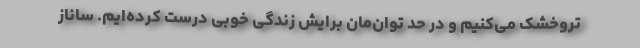
تروخشک می‌کنیم و در حد توان‌مان برایش زندگی خوبی درست کرده‌ایم. ساناز